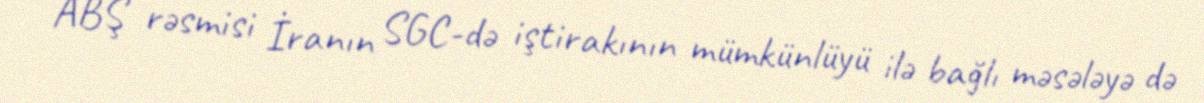
ABŞ rəsmisi İranın SGC-də iştirakının mümkünlüyü ilə bağlı məsələyə də